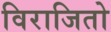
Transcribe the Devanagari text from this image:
विराजितो